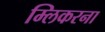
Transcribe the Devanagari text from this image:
म्लिकरना